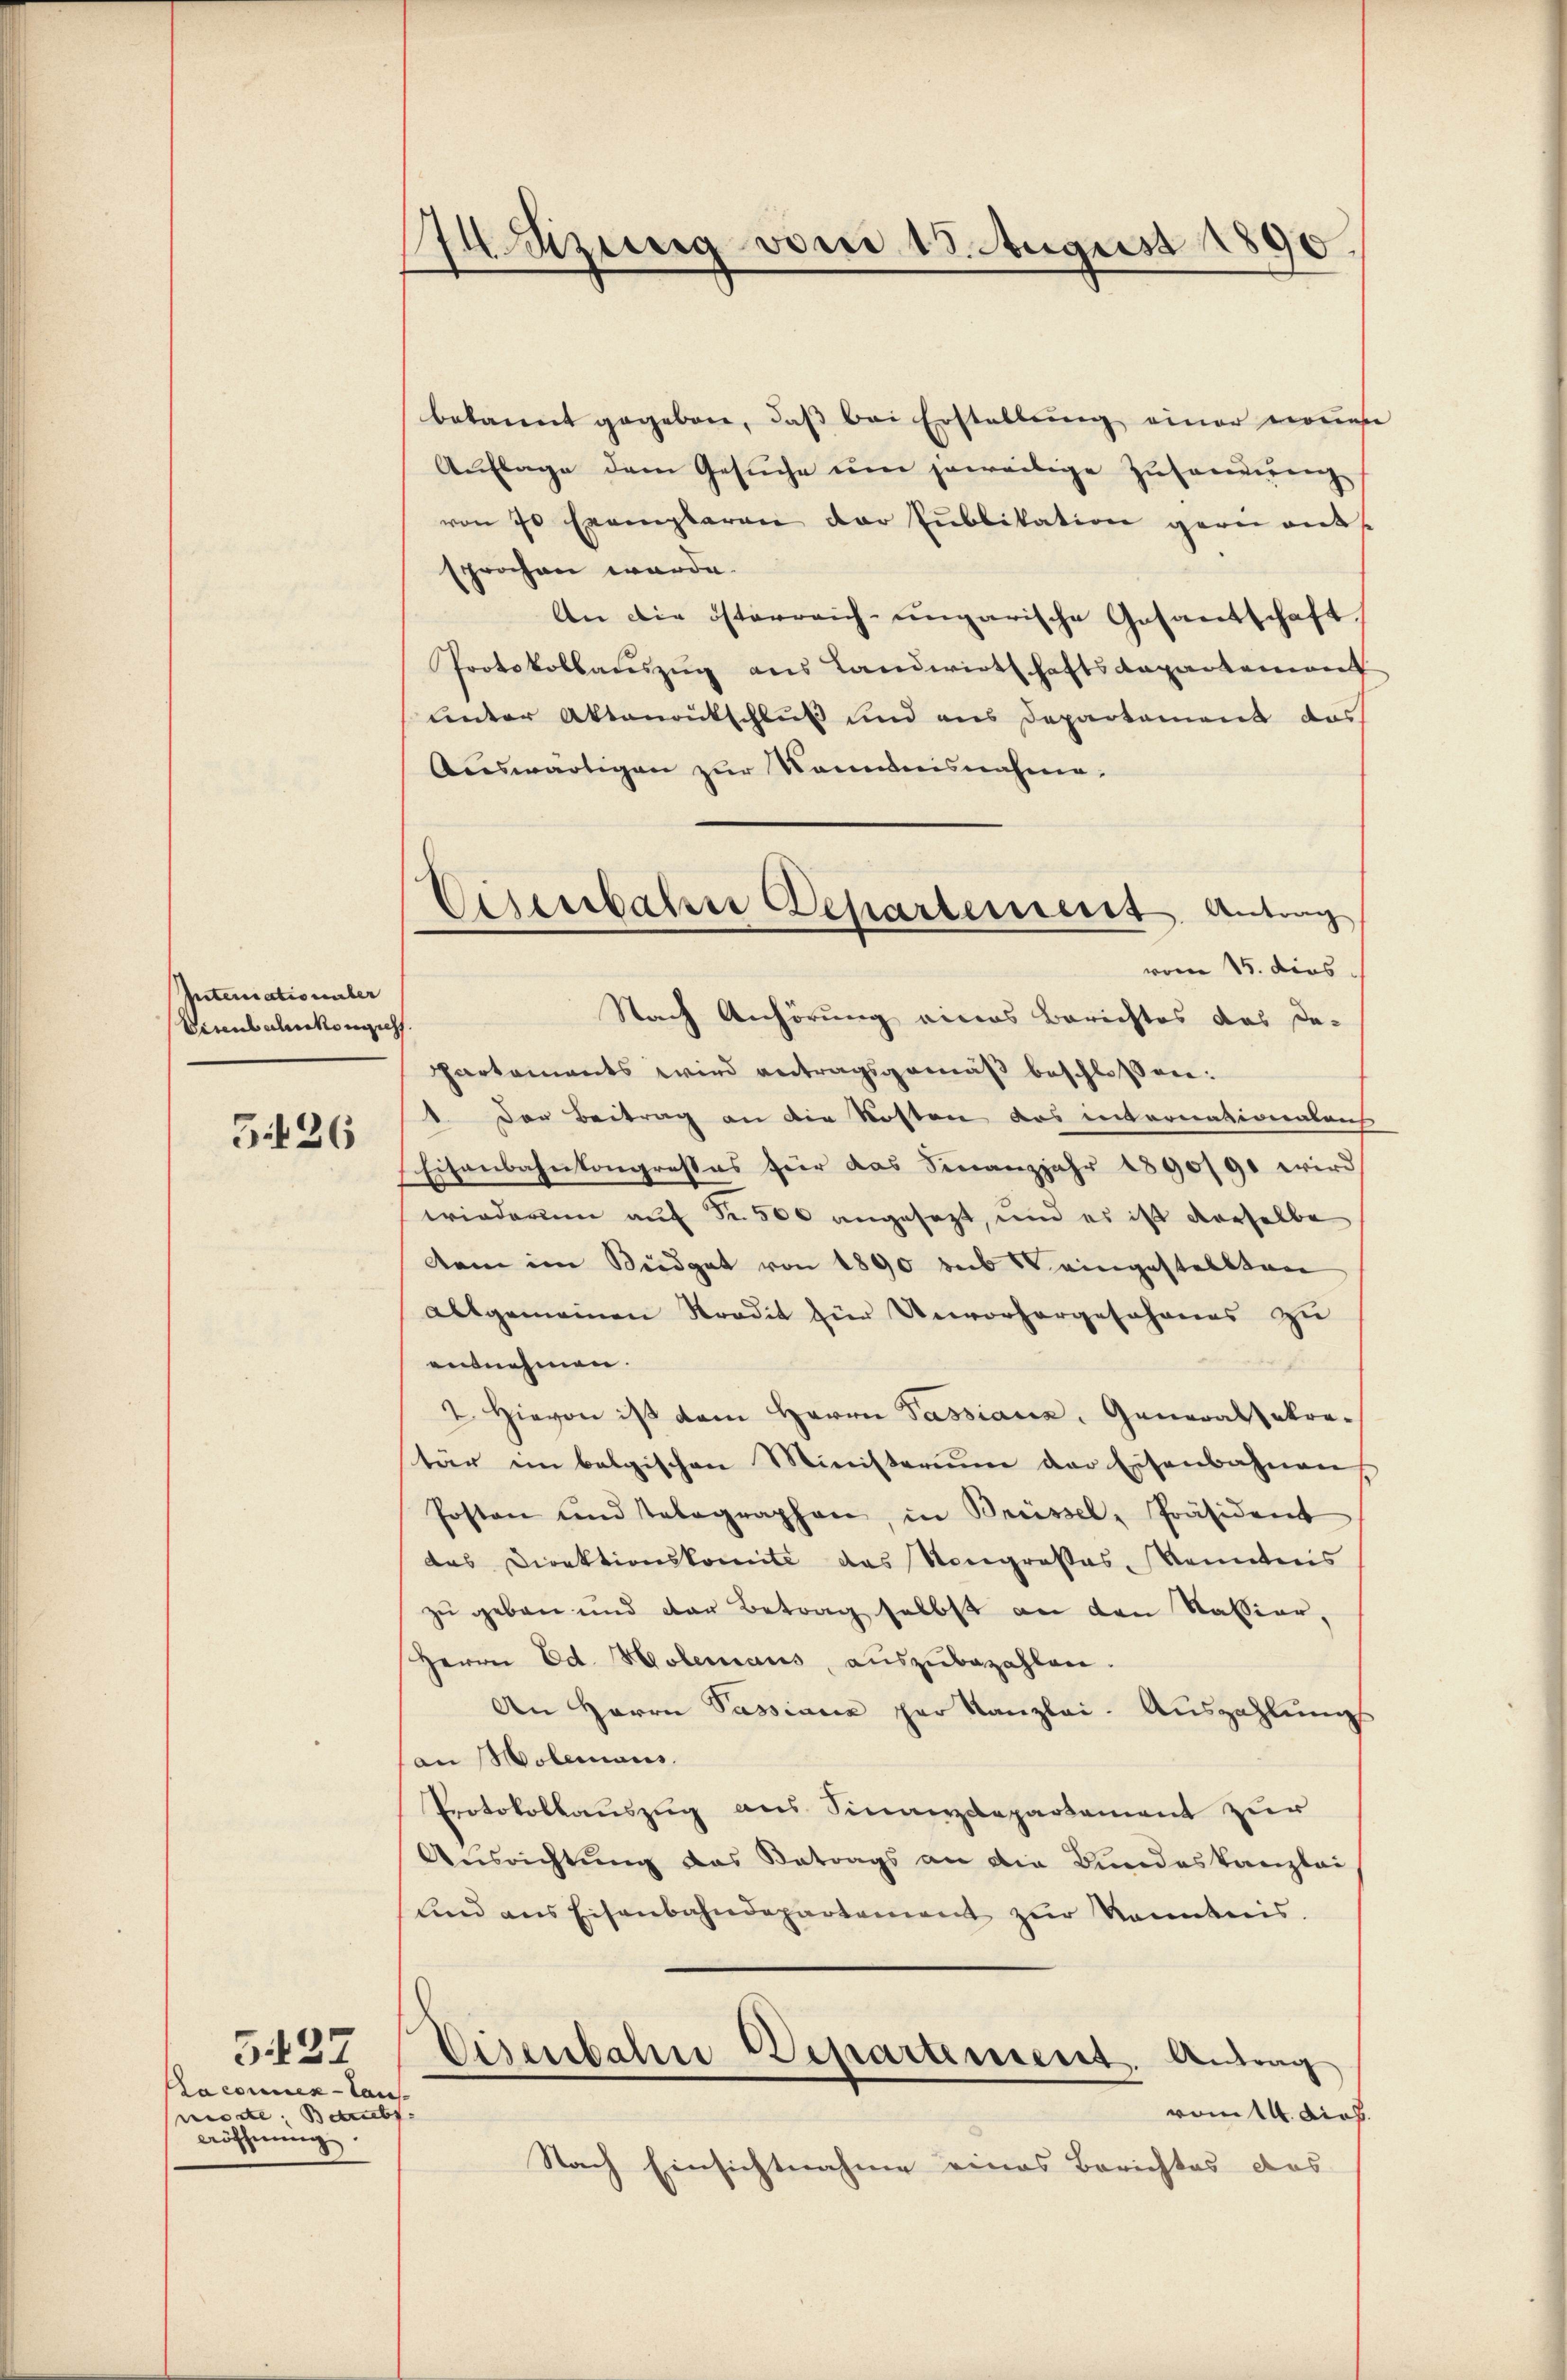
Miternationsber
Veranbahnkonguss.

3.126

Paconuen - Taus
ide Betrieb
eöffnŭng

G.27

zung vom 15. August 1890

bekannt gegeben, daß bei Erstellung einer neues
Auflage dem Gesuche um jeweilige Zusammeng
von 70 Exemplaren der Publikation gern ent-
sprochen würde.
An die österreich-ungarische Gasantschaft
Protokollauszug aus Landwirtschaftsdepartement
unter Aktenantschluß und aus Departament das
Auswärtigen zur Namensnahme,
Nach Anhörung eines Berichtes das De-
Partements wird antragsgemäß beschlossen:
1. Der Beitrag an die Kosten das internationenleich
Eisenbahnkongresses für das Finanzjahr 1890/90 wird
wiederum auf Nr. 500 angesezt, und es ist derselbe
dem im Büdget von 1890 sub eingestellten
allgemeinen Stradit zur Unvorhergeschanes zu
entnehmen.
2 Hievon ist dem Herrn Passiana, Generalpakon-
tar im belgischen Ministerium der Eisenbahnen
Posten und Telegraphen, in Brüssel-Präsident
das Direktionskomite das Kongrosses, konntens
zu geben und der Betrag selbst an den Kassier,
Herrn Ed. Soleraus, aŭszŭbezahlen.
An Herrn Passiana per Kanzlei. Auszahlungs
an Moleraus.
Protokollauszug aus Finanzdepartement zur
Ausrichtung das Betrags an die Bundeskanzlei
und ans Eisenbahndepartement zŭr Kenntnis.
Eisenbahne Departement. Antrag
vom 14. dich.
Nach Einsichtnahme eines Berichtes das

Oesenbahrer Departement Antrag
n
vom 15. dies